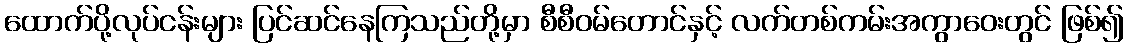
ထောက်ပို့လုပ်ငန်းများ ပြင်ဆင်နေကြသည်တို့မှာ စီစီဝမ်တောင်နှင့် လက်တစ်ကမ်းအကွာဝေးတွင် ဖြစ်၍